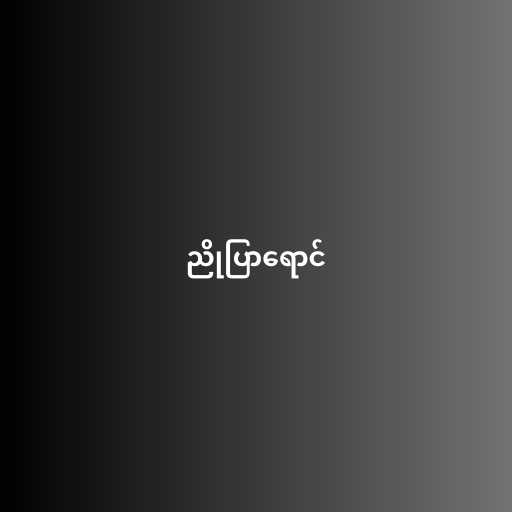
ညိုပြာရောင်